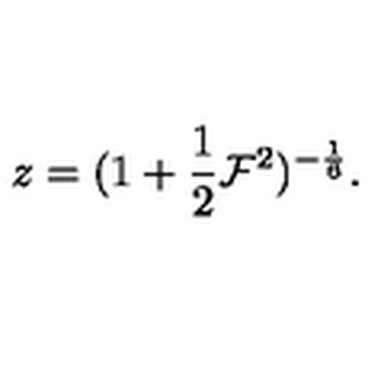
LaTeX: z = ( { 1 + { \frac { 1 } { 2 } } { \cal F } ^ { 2 } } ) ^ { - { \frac { 1 } { 6 } } } .